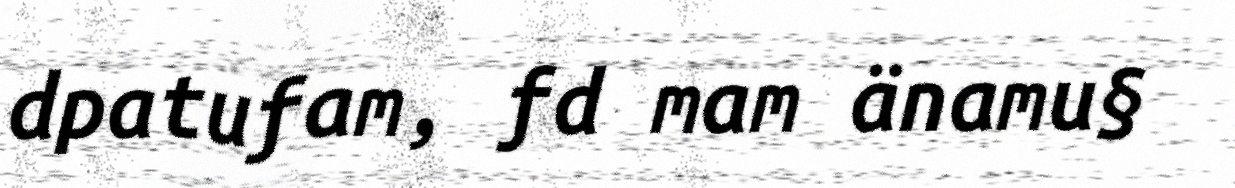
dpatufam, fd mam änamu§